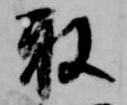
取